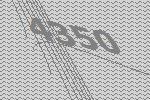
4350